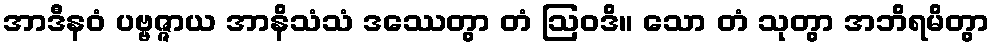
အာဒီနဝံ ပဗ္ဗဇ္ဇာယ အာနိသံသံ ဒဿေတွာ တံ ဩဝဒိ။ သော တံ သုတွာ အဘိရမိတွာ